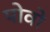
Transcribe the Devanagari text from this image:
पोवो